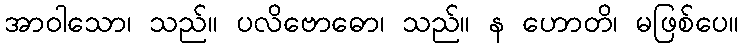
အာဝါသော၊ သည်။ ပလိဗောဓော၊ သည်။ န ဟောတိ၊ မဖြစ်ပေ။